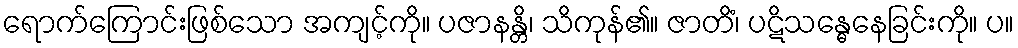
ရောက်ကြောင်းဖြစ်သော အကျင့်ကို။ ပဇာနန္တိ၊ သိကုန်၏။ ဇာတိံ၊ ပဋိသန္ဓေနေခြင်းကို။ ပ။